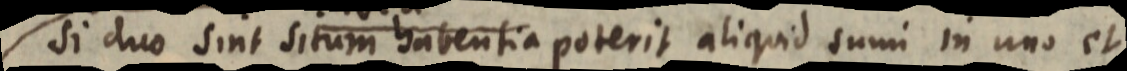
Si duo sint situm habentia poterit aliquid sumi in uno et